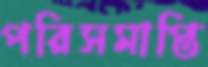
পরিসমাপ্তি